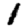
Digit: 1